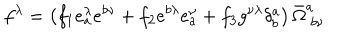
LaTeX: f ^ { \lambda } = \left( f _ { 1 } e _ { a } ^ { \lambda } e ^ { b \nu } + f _ { 2 } e ^ { b \lambda } e _ { a } ^ { \nu } + f _ { 3 } g ^ { \nu \lambda } \delta _ { b } ^ { a } \right) \bar { \Omega } _ { ~ b \nu } ^ { a }